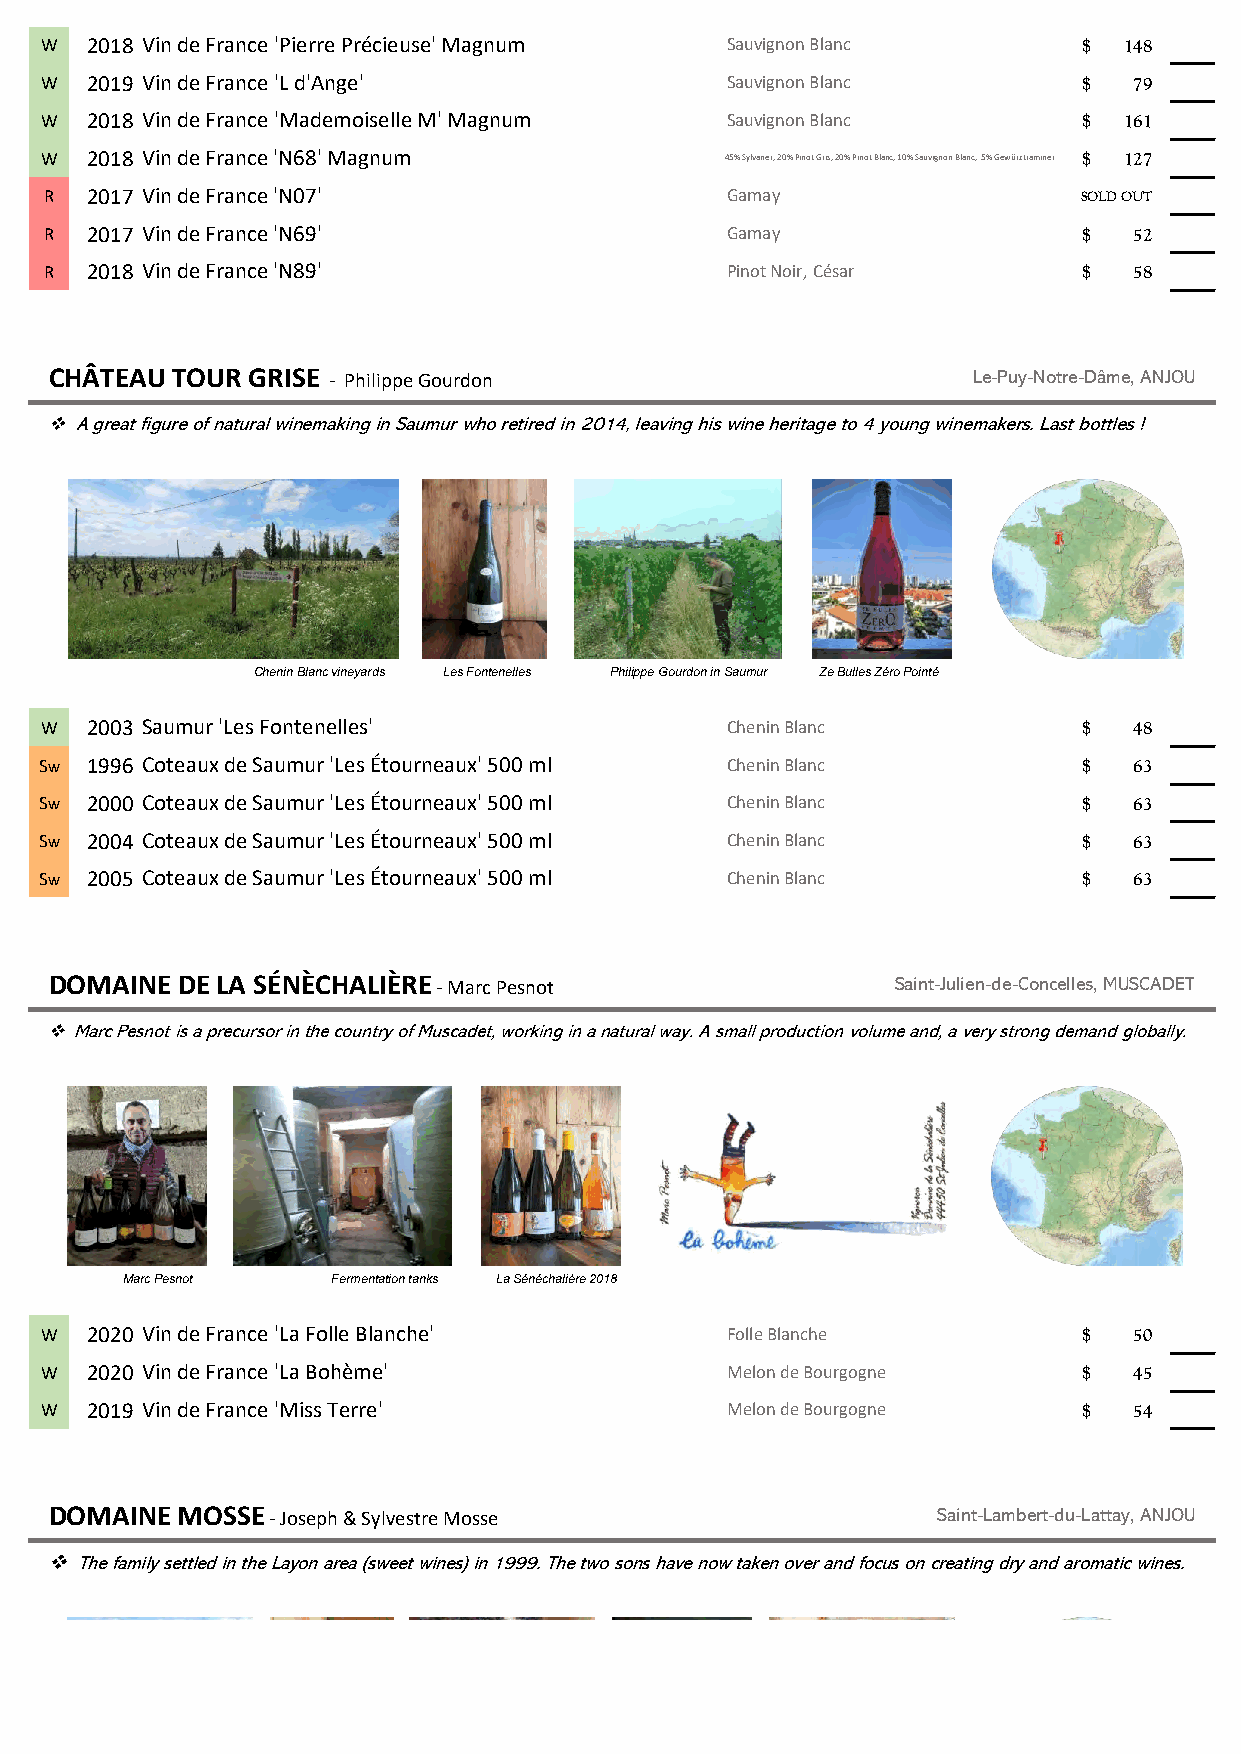
W  2018 Vin de France 'Pierre Précieuse' Magnum Sauvignon Blanc      $ 148
 W  2019 Vin de France 'L d'Ange'             Sauvignon Blanc         $  79
 W  2018 Vin de France 'Mademoiselle M' Magnum Sauvignon Blanc        $ 161
 W  2018 Vin de France 'N68' Magnum           45% Sylvaner, 20% Pinot Gris, 20% Pinot Blanc, 10% Sauvignon Blanc, 5% Gewürztraminer $ 127
 R  2017 Vin de France 'N07'                  Gamay                  SOLD OUT
 R  2017 Vin de France 'N69'                  Gamay                   $  52
 R  2018 Vin de France 'N89'                  Pinot Noir, César       $  58
 CHÂTEAU TOUR GRISE - Philippe Gourdon                        Le-Puy-Notre-Dâme, ANJOU
 ❖A great figure of natural winemaking in Saumur who retired in 2014, leaving his wine heritage to 4 young winemakers. Last bottles !
 CheninBlanc vineyards Les Fontenelles Philippe Gourdon in Saumur Ze Bulles Zéro Pointé
 W  2003 Saumur 'Les Fontenelles'             Chenin Blanc            $  48
 Sw 1996 Coteaux de Saumur 'Les Étourneaux' 500 ml Chenin Blanc       $  63
 Sw 2000 Coteaux de Saumur 'Les Étourneaux' 500 ml Chenin Blanc       $  63
 Sw 2004 Coteaux de Saumur 'Les Étourneaux' 500 ml Chenin Blanc       $  63
 Sw 2005 Coteaux de Saumur 'Les Étourneaux' 500 ml Chenin Blanc       $  63
 DOMAINE  DE LA SÉNÈCHALIÈRE - Marc Pesnot               Saint-Julien-de-Concelles, MUSCADET
 ❖Marc Pesnot is a precursor in the country of Muscadet, working in a natural way. A small production volume and, a very strong demand globally.
 Marc Pesnot   Fermentation tanks La Sénéchalière 2018
 W  2020 Vin de France 'La Folle Blanche'     Folle Blanche           $  50
 W  2020 Vin de France 'La Bohème'            Melon de Bourgogne      $  45
 W  2019 Vin de France 'Miss Terre'           Melon de Bourgogne      $  54
 DOMAINE  MOSSE - Joseph & Sylvestre Mosse                  Saint-Lambert-du-Lattay, ANJOU
 ❖The family settled in the Layon area (sweet wines) in 1999. The two sons have now taken over and focus on creating dry and aromatic wines.